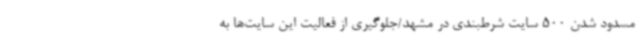
مسدود شدن 500 سایت شرطبندی در مشهد/جلوگیری از فعالیت این سایت‌ها به